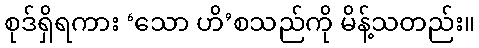
စုဒ်ရှိရကား ‘သော ဟိ’စသည်ကို မိန့်သတည်း။